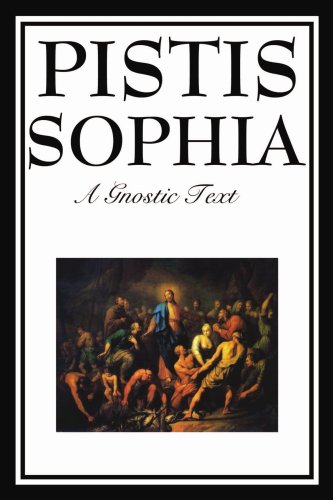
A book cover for PISTIS SOPHIA; G. R. S. Mead; Christian Books & Bibles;